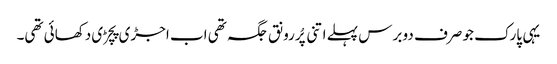
یہی پارک جو صرف دو برس پہلے اتنی پُررونق جگہ تھی اب اجڑی پچڑی دکھائی تھی۔